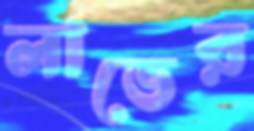
লাভের